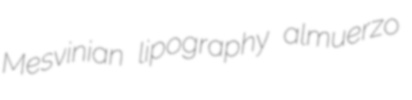
Mesvinian lipography almuerzo